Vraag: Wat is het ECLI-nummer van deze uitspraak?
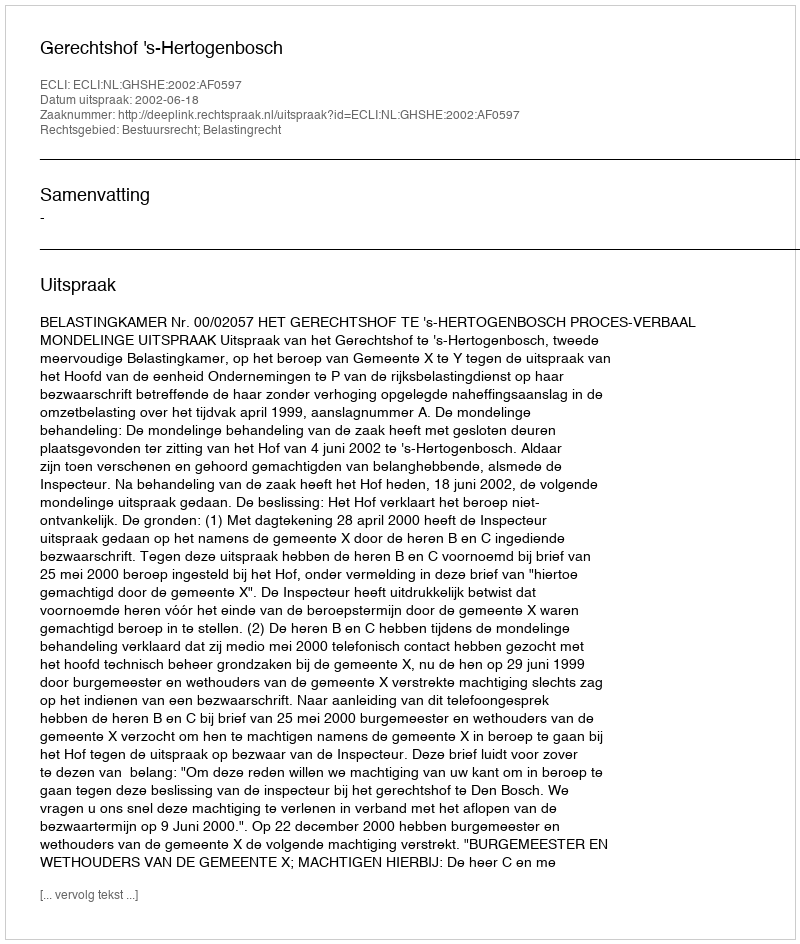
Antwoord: ECLI:NL:GHSHE:2002:AF0597